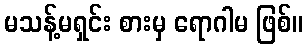
မသန့်မရှင်း စားမှ ရောဂါမ ဖြစ်။